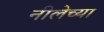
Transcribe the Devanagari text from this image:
नीलेच्या